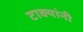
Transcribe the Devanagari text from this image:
टाक्यांनी